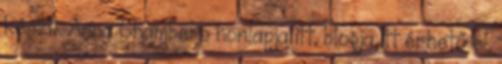
készít. Anna Chambers honlapja itt, blogja itt érhető el.